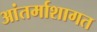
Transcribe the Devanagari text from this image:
आंतर्माशागत